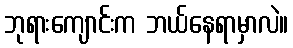
ဘုရားကျောင်းက ဘယ်နေရာမှာလဲ။